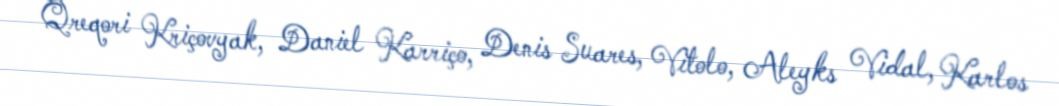
Qreqori Kriçovyak, Daniel Karriço, Denis Suares, Vitolo, Aleyks Vidal, Karlos